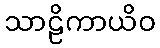
သာဠိကာယိဝ